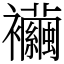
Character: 襺